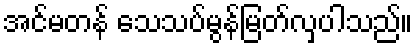
အင်မတန် သေသပ်မွန်မြတ်လှပါသည်။